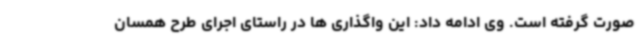
صورت گرفته است. وی ادامه داد: این واگذاری ها در راستای اجرای طرح همسان